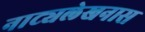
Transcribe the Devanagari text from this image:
नाट्यलेखनास